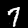
Label: 7